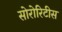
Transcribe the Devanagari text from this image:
सोरोरिटीस